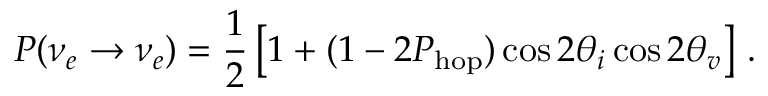
P ( \nu _ { e } \rightarrow \nu _ { e } ) = \frac { 1 } { 2 } \left[ 1 + ( 1 - 2 P _ { \mathrm { h o p } } ) \cos { 2 \theta _ { i } } \cos { 2 \theta _ { v } } \right] \, .